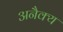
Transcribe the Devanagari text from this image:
अनैक्य